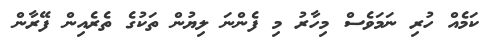
ކަމެއް ހުރި ނަމަވެސް މިހާރު މި ފެންނަ ލިޔުން ތަކުގެ ތެރެއިން ފޭރާން